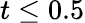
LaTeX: t\leq 0.5